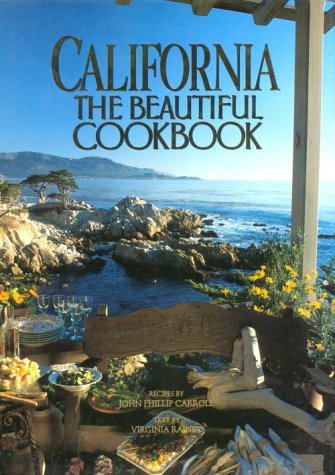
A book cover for California, The Beautiful Cookbook: Authentic Recipes from California; Virginia Rainey; Cookbooks, Food & Wine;